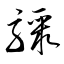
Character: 驟